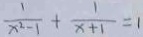
\frac { 1 } { x ^ { 2 } - 1 } + \frac { 1 } { x + 1 } = 1